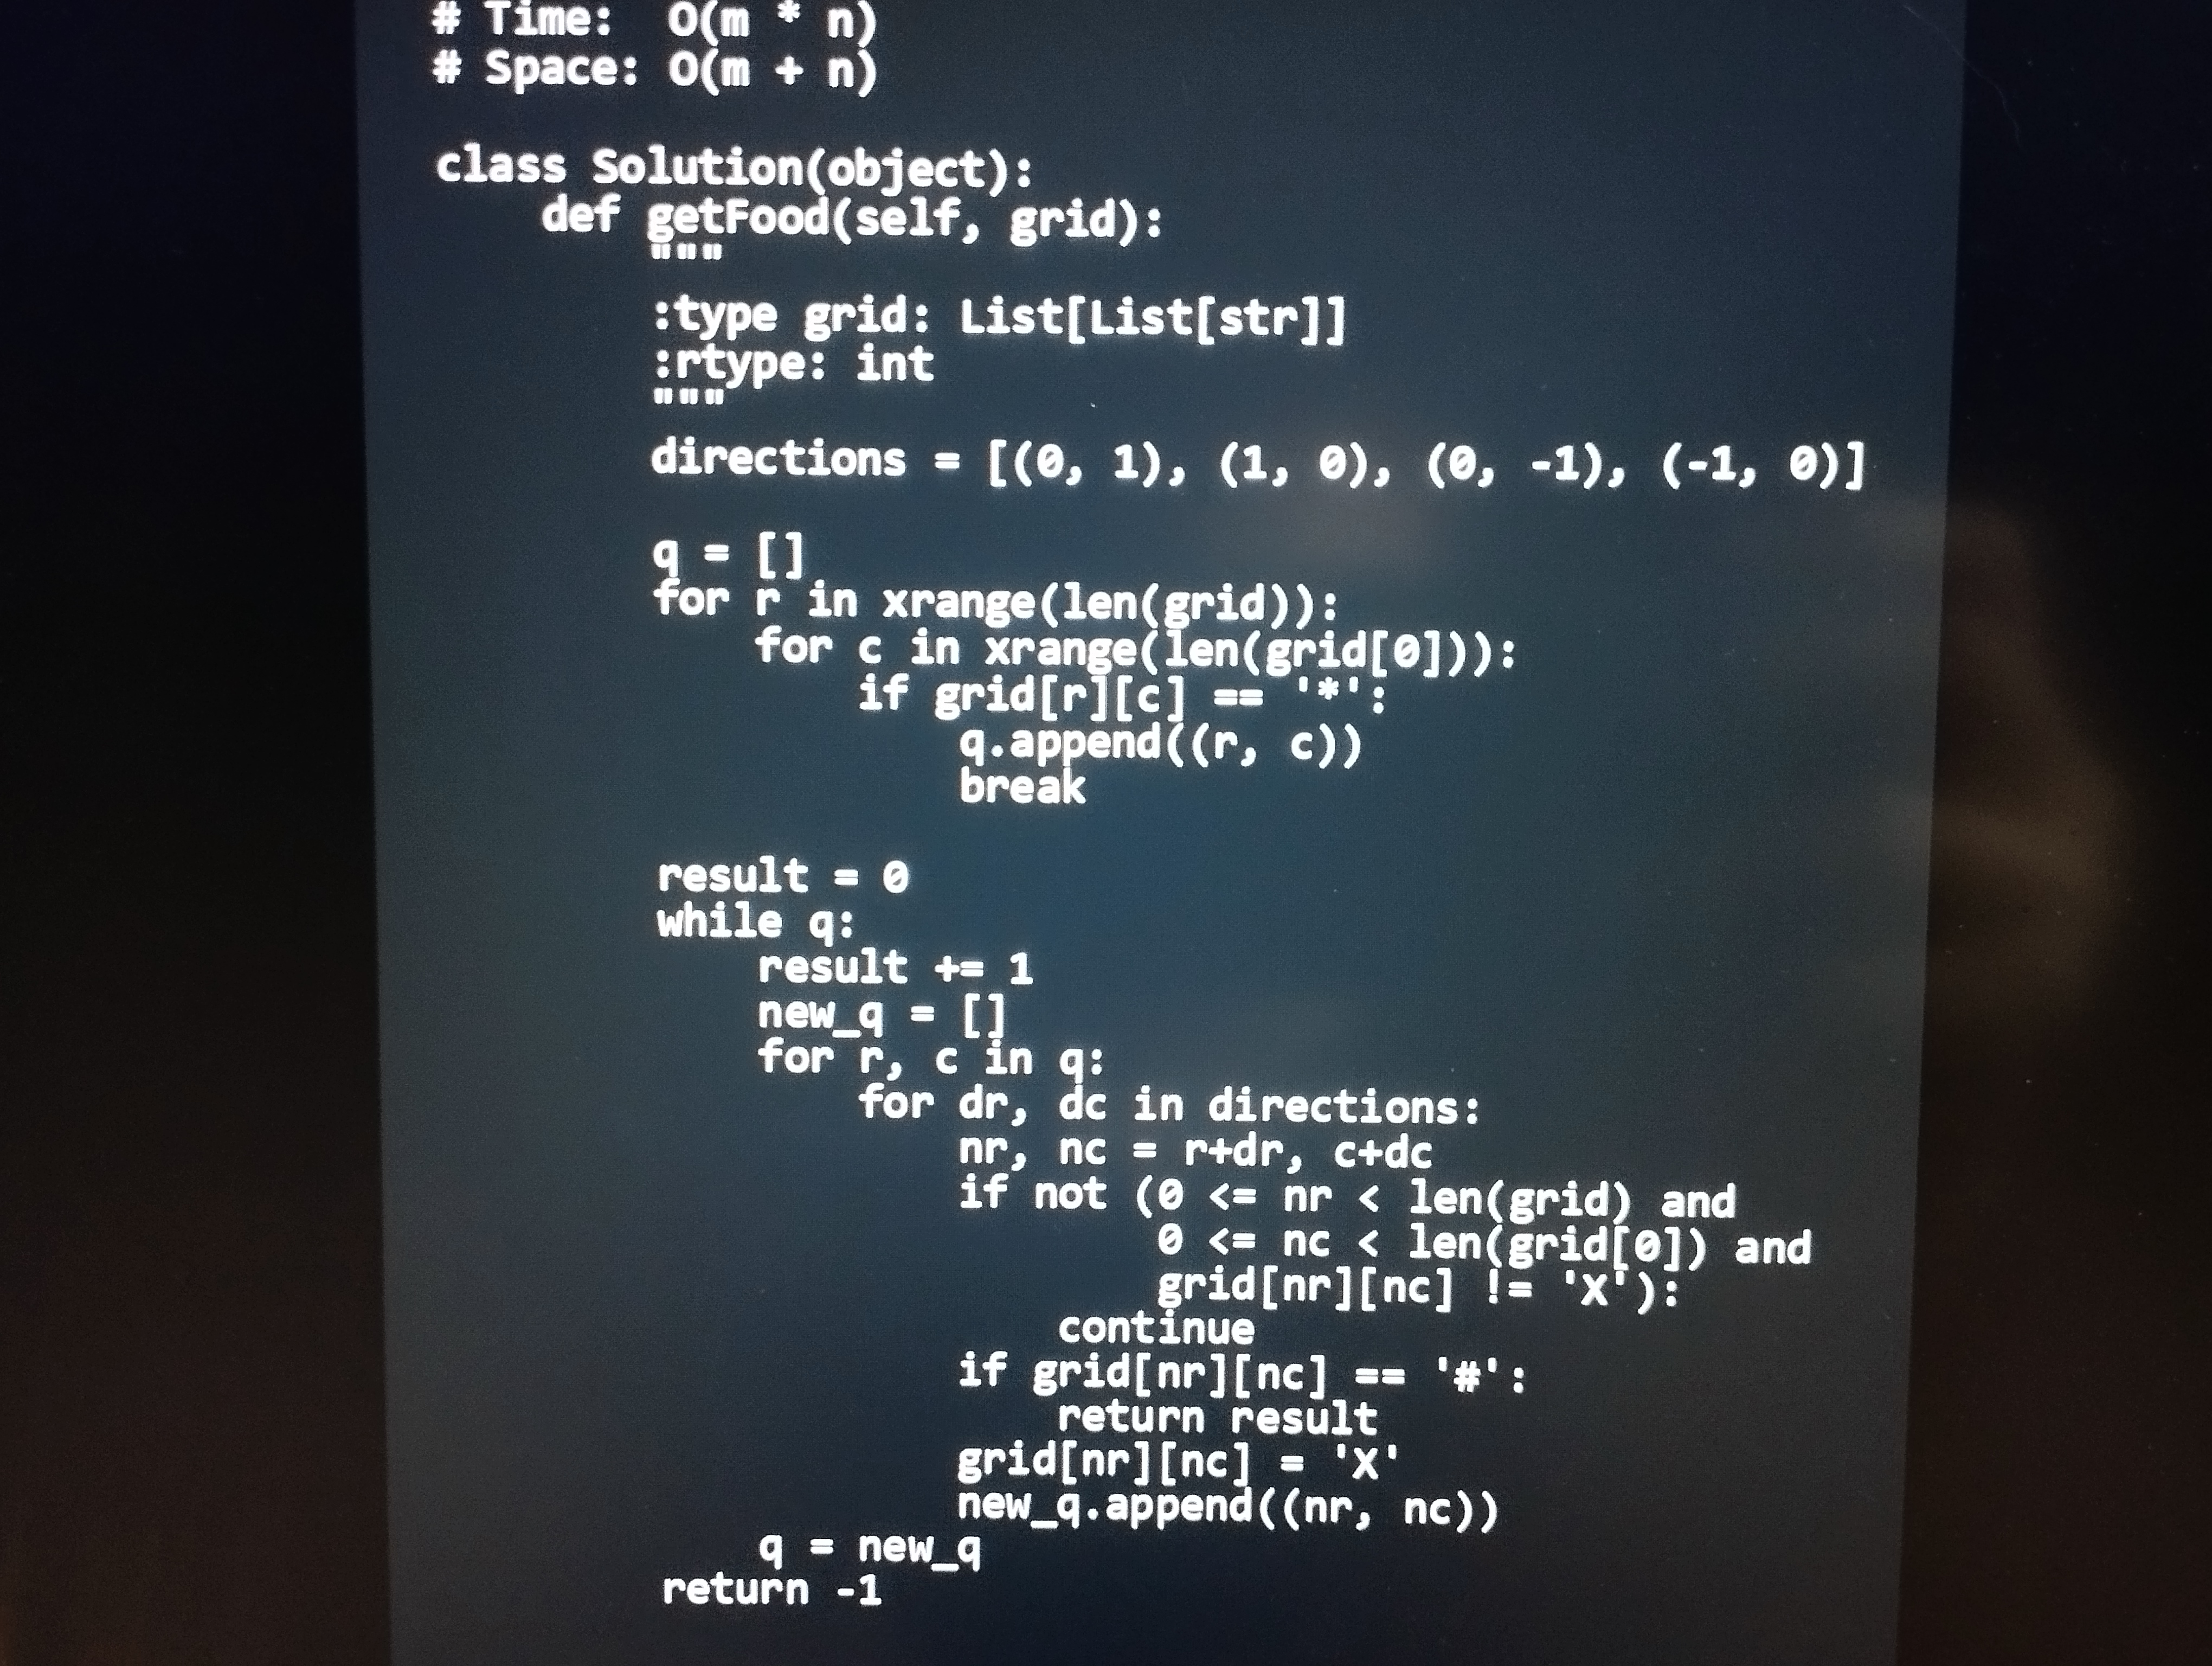
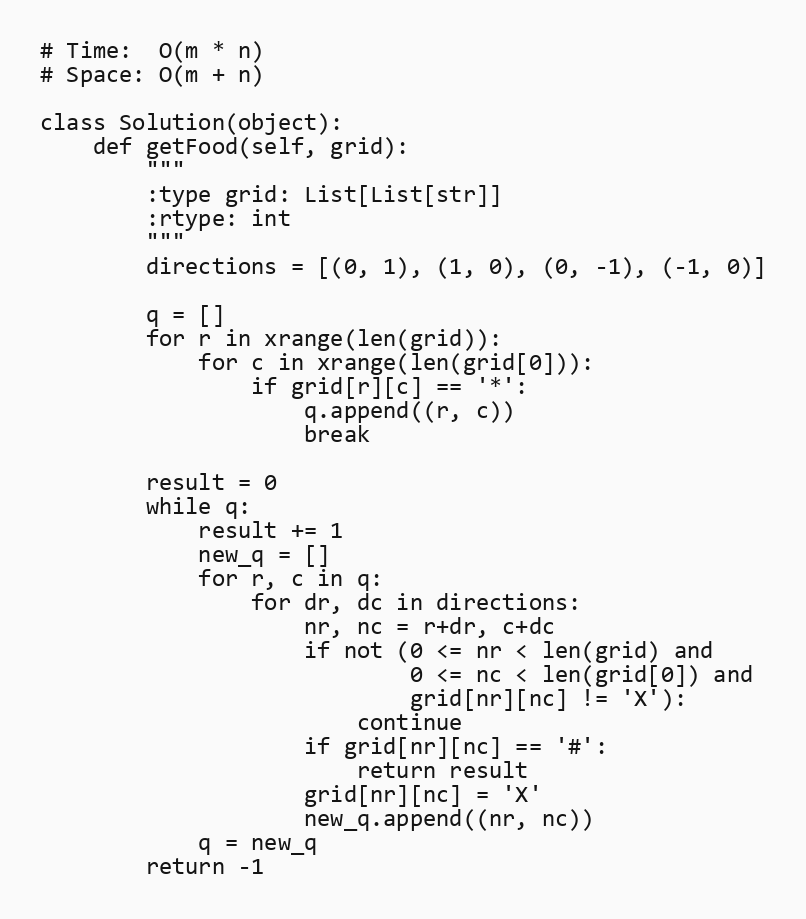
# Time:  O(m * n)
# Space: O(m + n)

class Solution(object):
    def getFood(self, grid):
        """
        :type grid: List[List[str]]
        :rtype: int
        """
        directions = [(0, 1), (1, 0), (0, -1), (-1, 0)]

        q = []
        for r in xrange(len(grid)):
            for c in xrange(len(grid[0])):
                if grid[r][c] == '*':
                    q.append((r, c))
                    break

        result = 0
        while q:
            result += 1
            new_q = []
            for r, c in q:
                for dr, dc in directions:
                    nr, nc = r+dr, c+dc
                    if not (0 <= nr < len(grid) and
                            0 <= nc < len(grid[0]) and
                            grid[nr][nc] != 'X'):
                        continue
                    if grid[nr][nc] == '#':
                        return result
                    grid[nr][nc] = 'X'
                    new_q.append((nr, nc))
            q = new_q
        return -1